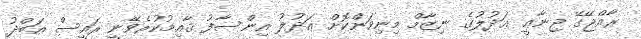
ރާއްޖޭގޭ ޖިނާޢީ ޢަދުލުގެ ނިޒާމް މިނިވަންކޮށް ޢަދުލު އިންސާފު ޤާއިމުކުރެވޭނީ ރައީސް ޢަބްދު